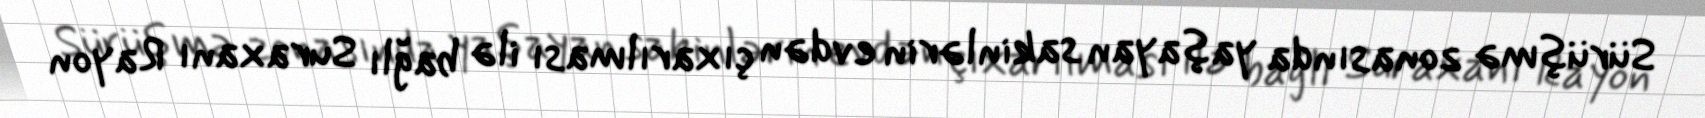
Sürüşmə zonasında yaşayan sakinlərin evdən çıxarılması ilə bağlı Suraxanı Rayon